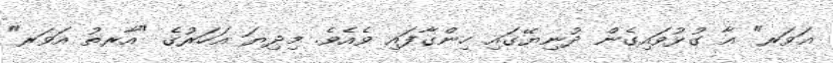
އަވަރ" އާ ގުޅުވައިގެން ދުނިޔޭގައި ހިންގާފައި ވެއެވެ. މިދިޔަ އަހަރުގެ "އާރތު އަވަރ"